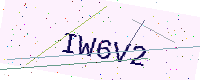
Text: IW6V2